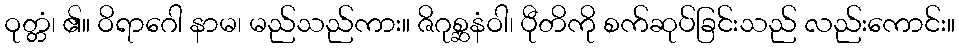
ဝုတ္တံ၊ ၏။ ဝိရာဂေါ နာမ၊ မည်သည်ကား။ ဇိဂုစ္ဆနံဝါ၊ ပီုတိကို စက်ဆုပ်ခြင်းသည် လည်းကောင်း။